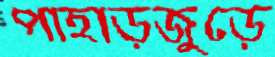
পাহাড়জুড়ে